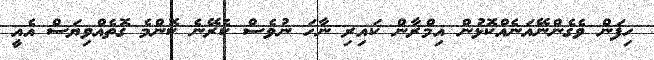
ހިފަން ވެގެންނޭއަނެއްކޮޅުން އިމްރާން ކައިރި ނާހަ ނުވެސް ކެރޭނެ ކޮންމެ ގޮތެއްވިޔަސް އެއީ